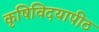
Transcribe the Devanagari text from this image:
कृषिविदयापीठ